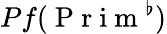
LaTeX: Pf(\mathrm{~P~r~i~m~}^{\flat})